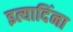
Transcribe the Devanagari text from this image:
इत्यादिंना